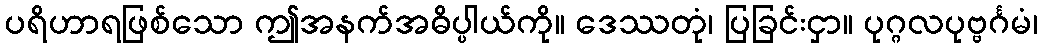
ပရိဟာရဖြစ်သော ဤအနက်အဓိပ္ပါယ်ကို။ ဒေဿတုံ၊ ပြခြင်းငှာ။ ပုဂ္ဂလပုဗ္ဗင်္ဂမံ၊